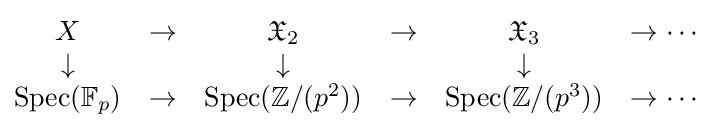
{\begin{matrix}X&\to &{\mathfrak {X}}_{2}&\to &{\mathfrak {X}}_{3}&\to \cdots \\\downarrow &&\downarrow &&\downarrow &\\\operatorname {Spec} (\mathbb {F} _{p})&\to &\operatorname {Spec} (\mathbb {Z} /(p^{2}))&\to &\operatorname {Spec} (\mathbb {Z} /(p^{3}))&\to \cdots \end{matrix}}